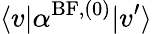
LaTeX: \langle v\vert\alpha^{\mathrm{BF},(0)}\vert v^{\prime}\rangle